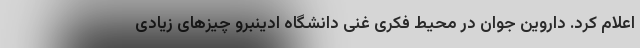
اعلام کرد. داروین جوان در محیط فکری غنی دانشگاه ادینبرو چیزهای زیادی